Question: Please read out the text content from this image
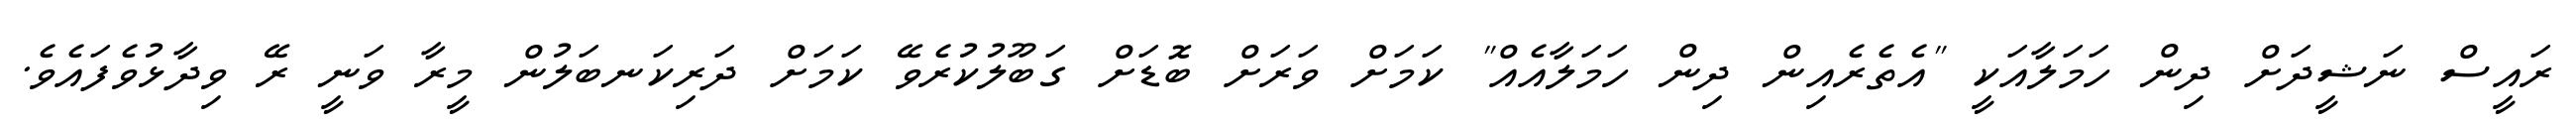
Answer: ރައީސް ނަޝީދަށް ދިން ހަމަލާއަކީ "އެތެރެއިން ދިން ހަމަލާއެއް" ކަމަށް ވަރަށް ބޮޑަށް ގަބޫލުކުރެވޭ ކަމަށް ދަރިކަނބަލުން މީރާ ވަނީ ރޭ ވިދާޅުވެފައެވެ.